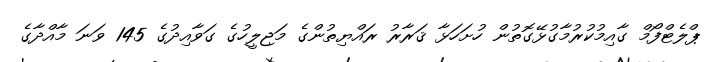
ޕްލެޓްފޯމް ގާއިމުކުރުމާގުޅޭގޮތުން ހުށަހަޅާ ޤަރާރު ރައްޔިތުންގެ މަޖިލީހުގެ ގަވާއިދުގެ 145 ވަނަ މާއްދާގެ